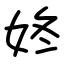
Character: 㚵